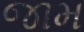
જામ